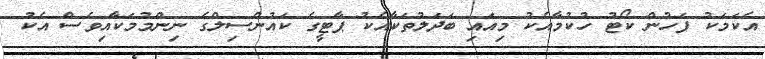
އެކަމަކު ފަހުން ކޯޓު ހުކުމާއެކު މިއައި ބަދަލުތަކާއެކު ޕާޓީގެ ކައުންސިލްގެ ނިންމުމަކާއިވެސް އެކު